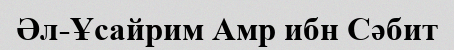
Әл-Ұсайрим Амр ибн Сәбит